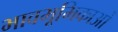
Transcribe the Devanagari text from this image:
भावभूमिकाओं